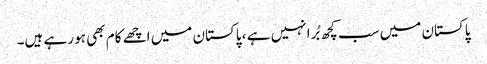
پاکستان میں سب کچھ بُرا نہیں ہے ، پاکستان میں اچھے کام بھی ہو رہے ہیں۔